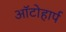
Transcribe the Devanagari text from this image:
ऑटोहार्प